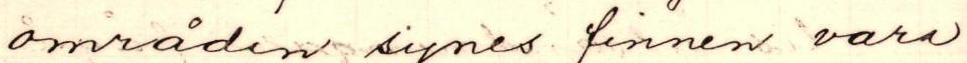
områden synes finnen vara